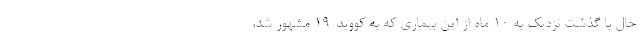
حال با گذشت نزدیک به ۱۰ ماه از این بیماری که به کووید-۱۹ مشهور شد،